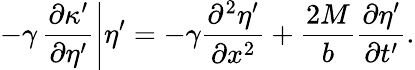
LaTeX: -\gamma\left.\frac{\partial\kappa^{\prime}}{\partial\eta^{\prime}}\right|\eta^{\prime}=-\gamma\frac{\partial^{2}\eta^{\prime}}{\partial x^{2}}+\frac{2M}{b}\frac{\partial\eta^{\prime}}{\partial t^{\prime}}.